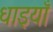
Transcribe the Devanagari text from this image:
धाइयाँ